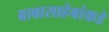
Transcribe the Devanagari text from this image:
बाबासाहेबांकडे